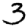
Digit: 3